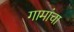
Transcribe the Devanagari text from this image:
गामांचा